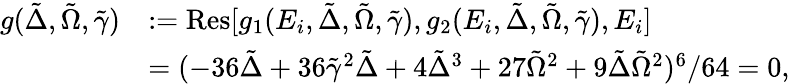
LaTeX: \begin{array}{rl}{g(\tilde{\Delta},\tilde{\Omega},\tilde{\gamma})}&{:=\mathrm{Res}[g_{1}(E_{i},\tilde{\Delta},\tilde{\Omega},\tilde{\gamma}),g_{2}(E_{i},\tilde{\Delta},\tilde{\Omega},\tilde{\gamma}),E_{i}]}\\ &{=(-36\tilde{\Delta}+36\tilde{\gamma}^{2}\tilde{\Delta}+4\tilde{\Delta}^{3}+27\tilde{\Omega}^{2}+9\tilde{\Delta}\tilde{\Omega}^{2})^{6}/64=0,}\end{array}